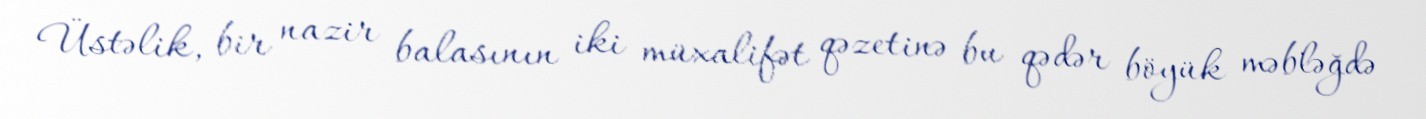
Üstəlik, bir nazir balasının iki müxalifət qəzetinə bu qədər böyük məbləğdə